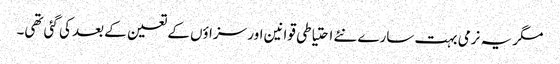
مگر یہ نرمی بہت سارے نئے احتیاطی قوانین اور سزاؤں کے تعین کے بعد کی گئی تھی۔